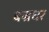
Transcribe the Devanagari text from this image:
बज्रधर